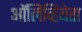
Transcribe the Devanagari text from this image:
ऑलिव्हियेरा